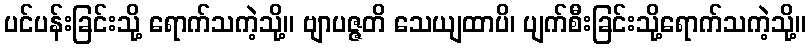
ပင်ပန်းခြင်းသို့ ရောက်သကဲ့သို့။ ဗျာပဇ္ဇတိ သေယျထာပိ၊ ပျက်စီးခြင်းသို့ရောက်သကဲ့သို့။